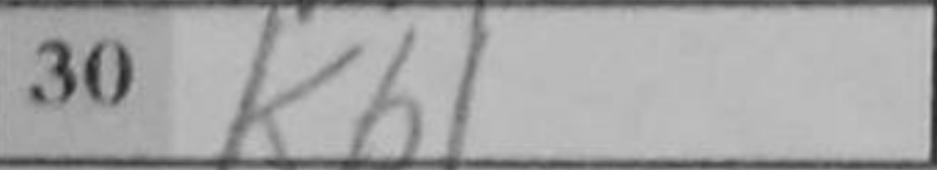
Transcription: Kb1